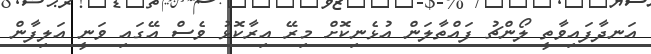
އަނދާފައިވާތީ ލޯންޗު ފައްތާލަން އުޅެނިކޮށް މިރޭ އިރާކޮޅު ވެސް އޭގައި ވަނީ އަލިފާން